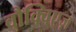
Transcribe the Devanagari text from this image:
वौक्विएज़